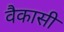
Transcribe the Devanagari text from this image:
वैकासी